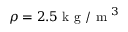
\rho = 2 . 5 \textup { k g } / \textup { m } ^ { 3 }